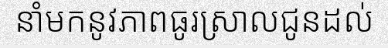
នាំមកនូវភាពធូរស្រាលជូនដល់